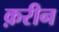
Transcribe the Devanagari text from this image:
क़रीन